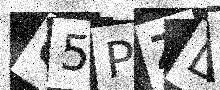
Text: 65PZD9